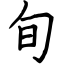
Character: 旬